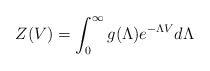
\begin{align*}Z(V) = \int_0^\infty g(\Lambda) e^{-\Lambda V} d\Lambda\end{align*}